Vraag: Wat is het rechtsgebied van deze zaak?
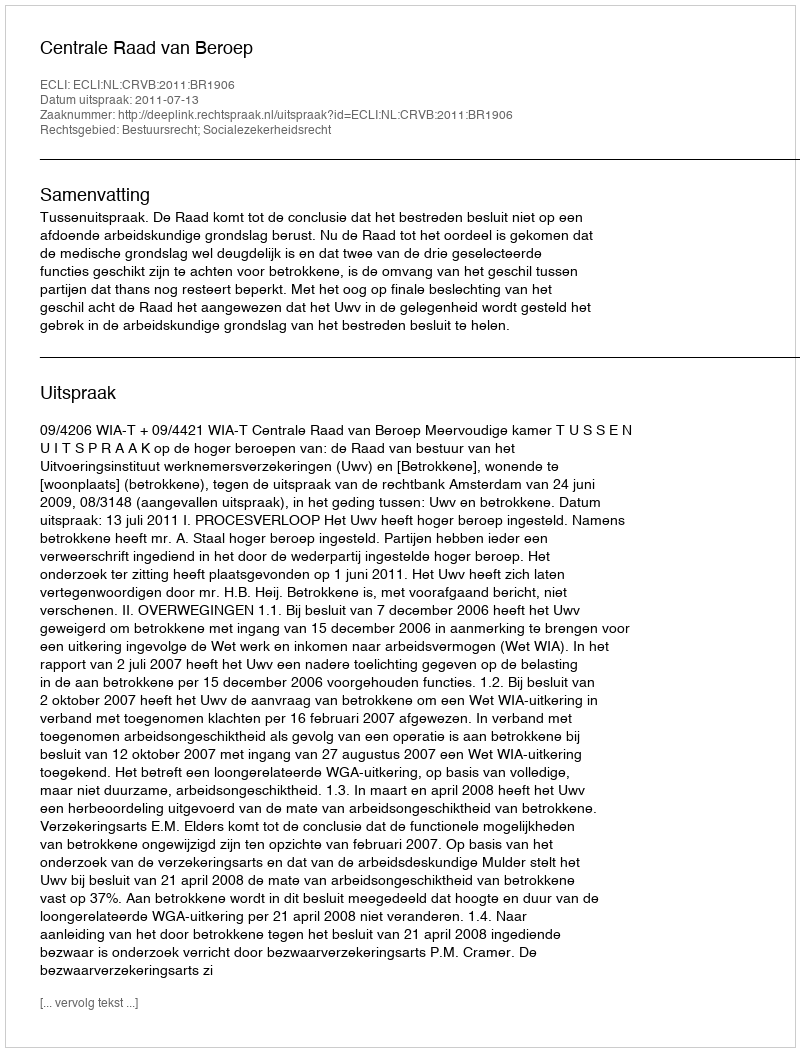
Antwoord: Bestuursrecht; Socialezekerheidsrecht